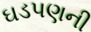
ઘડપણની